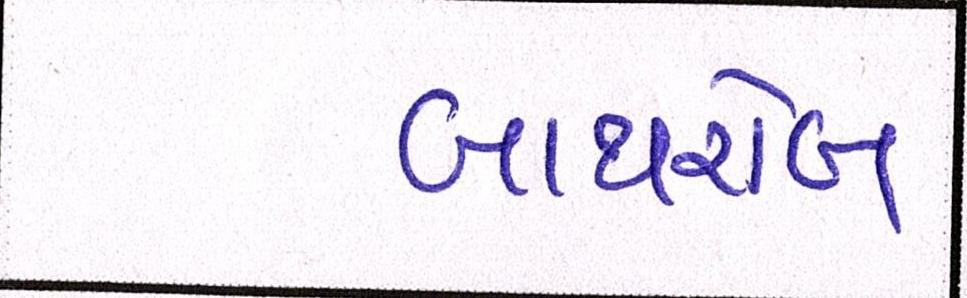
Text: બાથરોબ